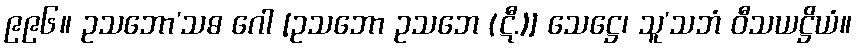
၉၉၆။ ဥသဘော’သဓ ဂေါ [ဥသဘော ဥသဘေ (ဋီ.)] သေဋ္ဌေ၊ သူ’သဘံ ဝီသယဋ္ဌိယံ။